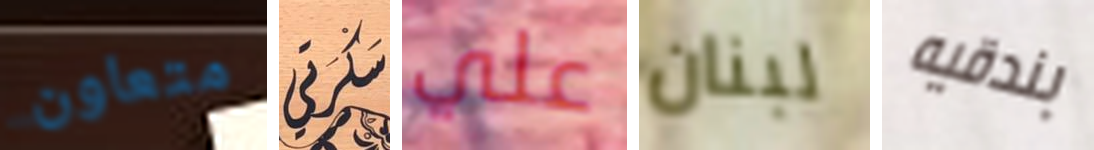
متعاون سكرتي علي لبنان بندقيه